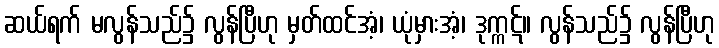
ဆယ်ရက် မလွန်သည်၌ လွန်ပြီဟု မှတ်ထင်အံ့၊ ယုံမှားအံ့၊ ဒုက္ကဋ်။ လွန်သည်၌ လွန်ပြီဟု